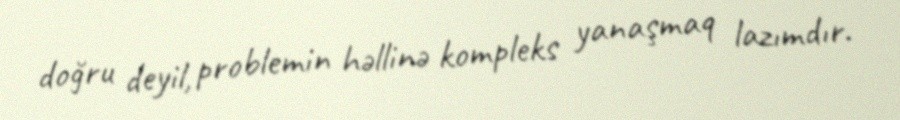
doğru deyil, problemin həllinə kompleks yanaşmaq lazımdır.